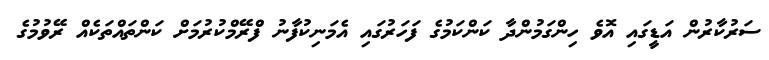
ސަރުކާރުން އަޑީގައި އޮވެ ހިންގަމުންދާ ކަންކަމުގެ ފަހަރުގައި އެމަނިކުފާނު ފްރޭމްކުރުމަށް ކަންތައްތަކެއް ރޭވުމުގެ